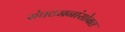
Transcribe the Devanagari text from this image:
संघटननांसोबत